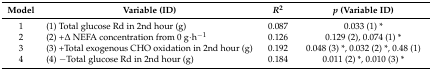
<table><thead><tr><td><b>Model</b></td><td><b>Variable (ID)</b></td><td><b><i>R</i><sup>2</sup></b></td><td><b><i>p</i> (Variable ID)</b></td></tr></thead><tbody><tr><td>1</td><td>(1) Total glucose Rd in 2nd hour (g)</td><td>0.087</td><td>0.033 (1) *</td></tr><tr><td>2</td><td>(2) +Δ NEFA concentration from 0 g·h<sup>−1</sup></td><td>0.126</td><td>0.129 (2), 0.074 (1) *</td></tr><tr><td>3</td><td>(3) +Total exogenous CHO oxidation in 2nd hour (g)</td><td>0.192</td><td>0.048 (3) *, 0.032 (2) *, 0.48 (1)</td></tr><tr><td>4</td><td>(4) −Total glucose Rd in 2nd hour (g)</td><td>0.184</td><td>0.011 (2) *, 0.010 (3) *</td></tr></tbody></table>